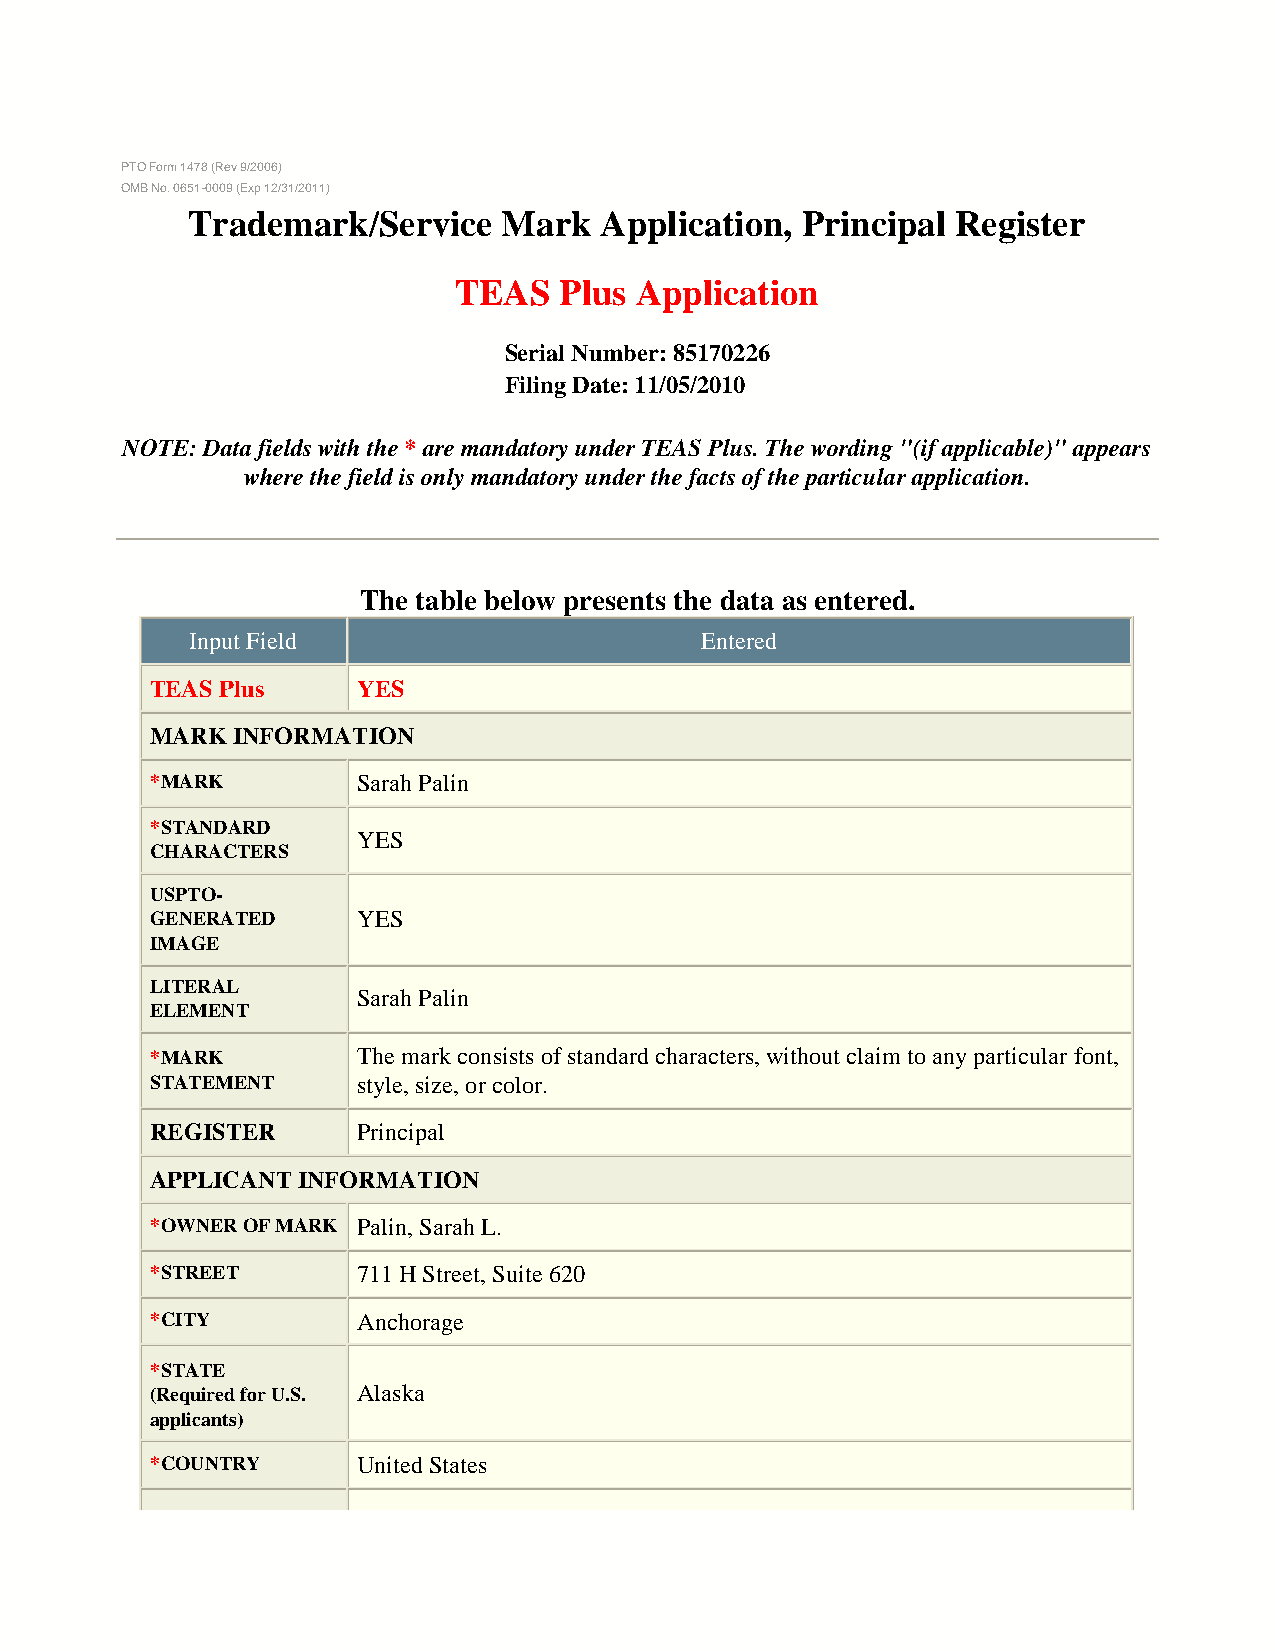
PTO Form 1478 (Rev 9/2006)
 OMB No. 0651-0009 (Exp 12/31/2011)
 Trademark/Service    Mark   Application, Principal Register
 TEAS   Plus Application
 Serial Number:85170226
 Filing Date:11/05/2010
 NOTE: Data fields with the * are mandatory under TEAS Plus. The wording "(if applicable)" appears
 where the field is only mandatory under the facts of the particular application.
 The table below presents the data as entered.
 Input Field                      Entered
 TEAS Plus     YES
 MARK INFORMATION
 *MARK         Sarah Palin
 *STANDARD
 YES
 CHARACTERS
 USPTO-
 GENERATED     YES
 IMAGE
 LITERAL
 Sarah Palin
 ELEMENT
 *MARK         The mark consists of standard characters, without claim to any particular font,
 STATEMENT     style, size, or color.
 REGISTER      Principal
 APPLICANT INFORMATION
 *OWNER OF MARK Palin, Sarah L.
 *STREET       711 H Street, Suite 620
 *CITY         Anchorage
 *STATE
 (Required for U.S. Alaska
 applicants)
 *COUNTRY      United States